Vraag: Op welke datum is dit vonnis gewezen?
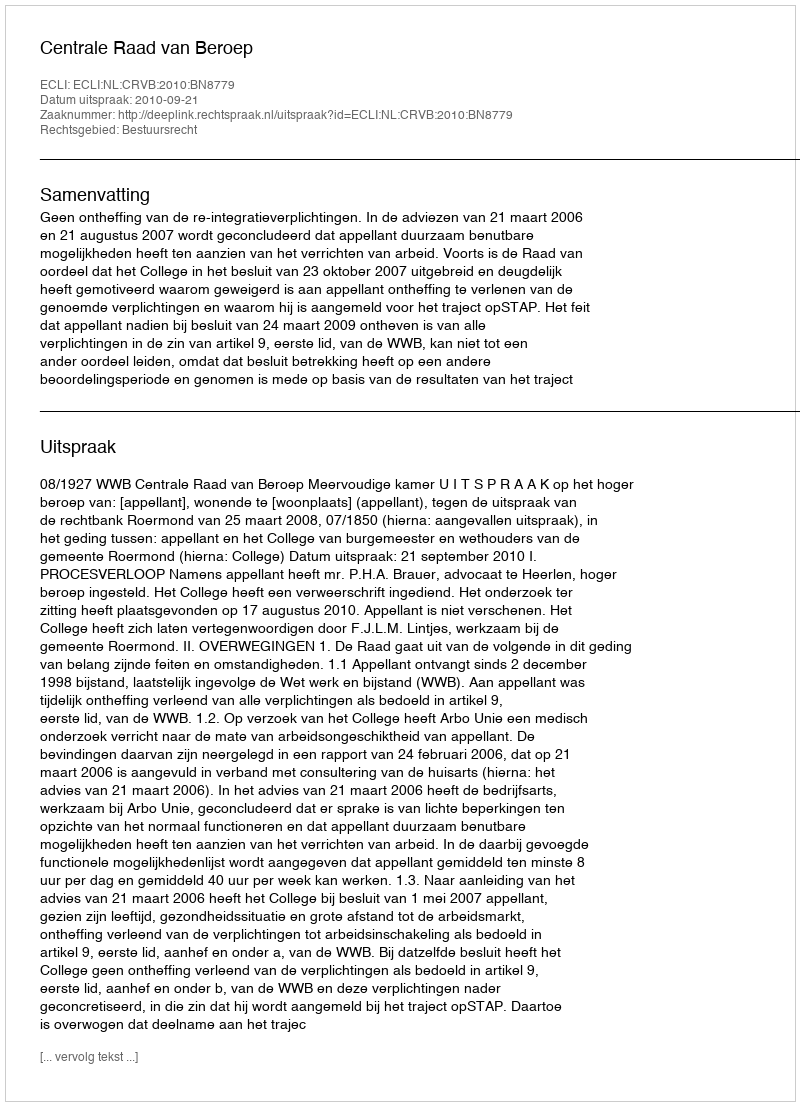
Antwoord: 2010-09-21